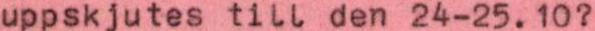
uppskjutes till den 24-25.10?